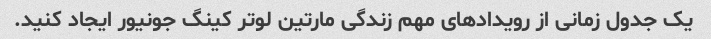
یک جدول زمانی از رویدادهای مهم زندگی مارتین لوتر کینگ جونیور ایجاد کنید.